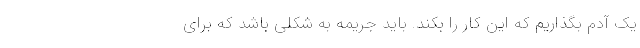
یک آدم بگذاریم که این کار را بکند. باید جریمه به شکلی باشد که برای